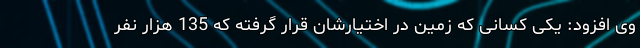
وی افزود: یکی کسانی که زمین در اختیارشان قرار گرفته که 135 هزار نفر